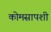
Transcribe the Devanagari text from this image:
कोमसापशी